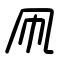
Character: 凧